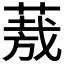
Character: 𮐈